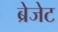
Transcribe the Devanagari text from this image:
ब्रेजेट